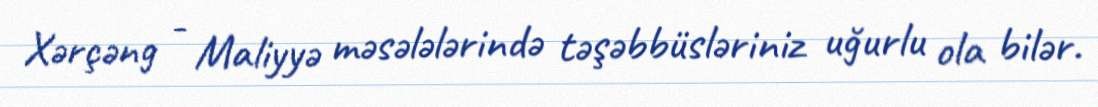
Xərçəng - Maliyyə məsələlərində təşəbbüsləriniz uğurlu ola bilər.